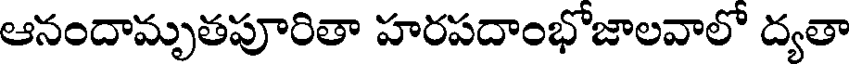
ఆనందామృతపూరితా హరపదాంభోజాలవాలో ద్యతా